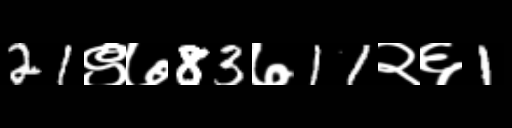
Text: 21९७83७11२६1